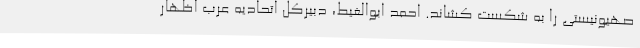
صهیونیستی را به شکست کشاند. احمد ابوالغیط، دبیرکل اتحادیه عرب اظهار